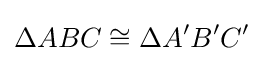
\Delta ABC\cong \Delta A'B'C'